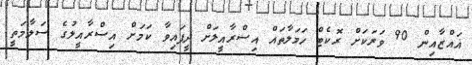
ޣައްޒާއިން 90 ވަރަކަށް ރޮކެޓް ހަމަލާތައް އިސްރާއީލަށް ދީފައިވާ ކަމަށް އިސްރާއީލުގެ ސަލާމަތީ